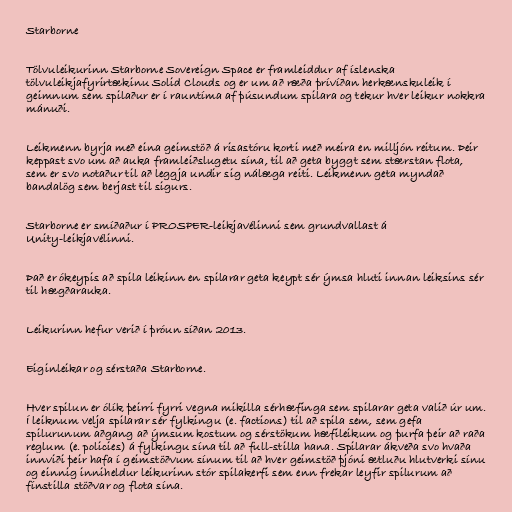
Starborne

Tölvuleikurinn Starborne Sovereign Space er framleiddur af íslenska
tölvuleikjafyrirtækinu Solid Clouds og er um að ræða þrívíðan herkænskuleik í
geimnum sem spilaður er í rauntíma af þúsundum spilara og tekur hver leikur nokkra
mánuði.

Leikmenn byrja með eina geimstöð á risastóru korti með meira en milljón reitum. Þeir
keppast svo um að auka framleiðslugetu sína, til að geta byggt sem stærstan flota,
sem er svo notaður til að leggja undir sig nálæga reiti. Leikmenn geta myndað
bandalög sem berjast til sigurs.

Starborne er smíðaður í PROSPER-leikjavélinni sem grundvallast á
Unity-leikjavélinni.

Það er ókeypis að spila leikinn en spilarar geta keypt sér ýmsa hluti innan leiksins sér
til hægðarauka.

Leikurinn hefur verið í þróun síðan 2013.

Eiginleikar og sérstaða Starborne.

Hver spilun er ólík þeirri fyrri vegna mikilla sérhæfinga sem spilarar geta valið úr um.
Í leiknum velja spilarar sér fylkingu (e. factions) til að spila sem, sem gefa
spilurunum aðgang að ýmsum kostum og sérstökum hæfileikum og þurfa þeir að raða
reglum (e. policies) á fylkingu sína til að full-stilla hana. Spilarar ákveða svo hvaða
innviði þeir hafa í geimstöðvum sínum til að hver geimstöð þjóni ætluðu hlutverki sínu
og einnig inniheldur leikurinn stór spilakerfi sem enn frekar leyfir spilurum að
fínstilla stöðvar og flota sína.